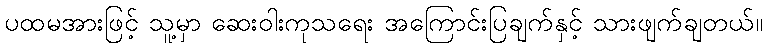
ပထမအားဖြင့် သူ့မှာ ဆေးဝါးကုသရေး အကြောင်းပြချက်နှင့် သားဖျက်ချတယ်။